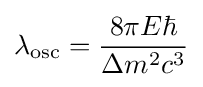
\lambda _{\text{osc}}={\frac {8\pi E\hbar }{\Delta m^{2}c^{3}}}